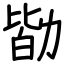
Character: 勓